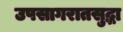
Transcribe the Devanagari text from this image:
उपसागरातसुद्धा